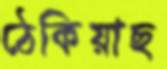
ঠেকিয়াছ